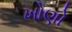
ખોણો